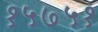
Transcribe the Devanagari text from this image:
१५७५१